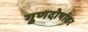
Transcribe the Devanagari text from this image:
गुणदोषांवर